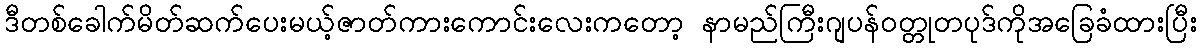
ဒီတစ်ခေါက်မိတ်ဆက်ပေးမယ့်ဇာတ်ကားကောင်းလေးကတော့ နာမည်ကြီးဂျပန်ဝတ္တုတပုဒ်ကိုအခြေခံထားပြီး